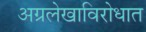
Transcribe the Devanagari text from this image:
अग्रलेखाविरोधात